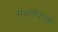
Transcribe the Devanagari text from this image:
गलनेवाली